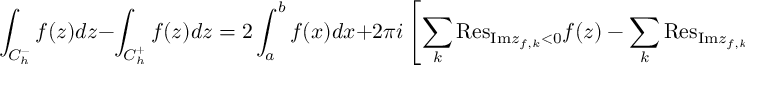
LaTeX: \int _ { C _ { h } ^ { - } } { f ( z ) d z } - \int _ { C _ { h } ^ { + } } { f ( z ) d z } = 2 \int _ { a } ^ { b } { f ( x ) d x } + 2 \pi i \left[ \sum _ { k } { \mathrm { R e s } } _ { { \mathrm { I m } } z _ { f , k } < 0 } f ( z ) - \sum _ { k } { \mathrm { R e s } } _ { { \mathrm { I m } } z _ { f , k } > 0 } f ( z ) \right] .